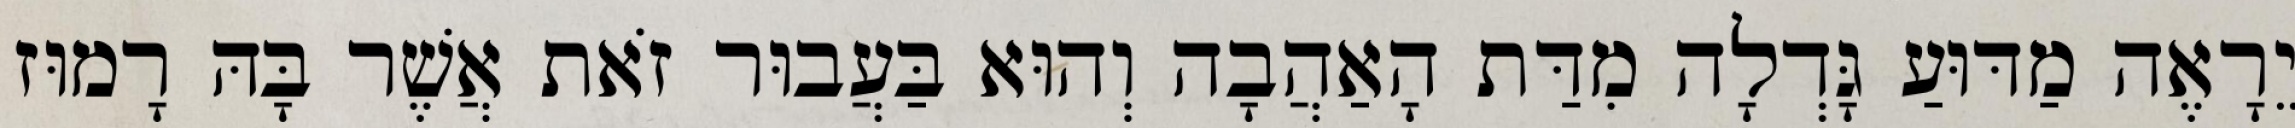
יֵרָאֶה מַדּוּעַ גָּדְלָה מִדַּת הָאַהֲבָה וְהוּא בַּעֲבוּר זֹאת אֲשֶׁר בָּהּ רָמוּז